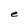
Character: e